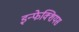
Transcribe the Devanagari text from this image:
इन्फेक्शियस